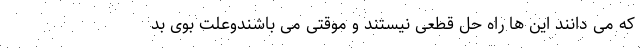
که می دانند این ها راه حل قطعی نیستند و موقتی می باشندوعلت بوی بد